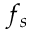
f _ { s }